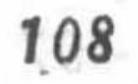
\(108\)